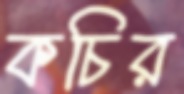
কচির